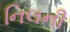
નિલની